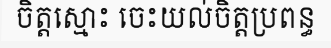
ចិត្តស្មោះ ចេះយល់ចិត្តប្រពន្ធ